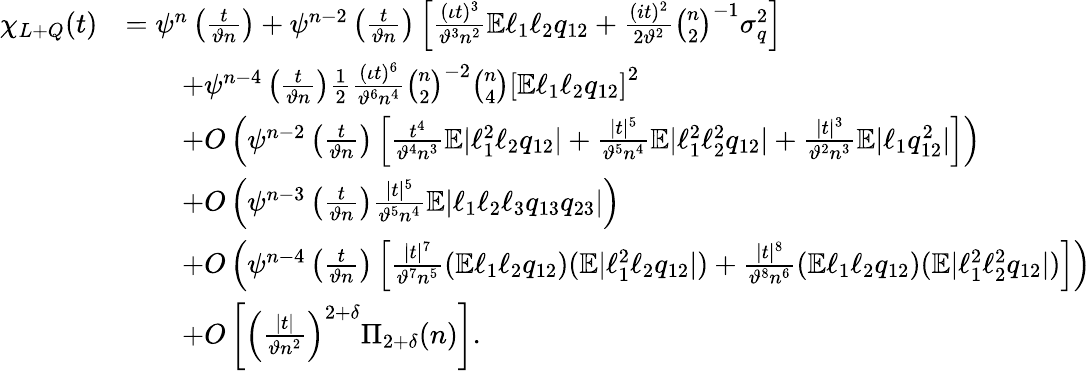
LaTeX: \begin{array}{rl}{\chi_{L+Q}(t)}&{=\psi^{n}\left(\frac{t}{\vartheta n}\right)+\psi^{n-2}\left(\frac{t}{\vartheta n}\right)\left[\frac{(\iota t)^{3}}{\vartheta^{3}n^{2}}\mathbb{E}\ell_{1}\ell_{2}q_{12}+\frac{(it)^{2}}{2\vartheta^{2}}\binom{n}{2}^{-1}\sigma_{q}^{2}\right]}\\ &{\qquad+\psi^{n-4}\left(\frac{t}{\vartheta n}\right)\frac{1}{2}\frac{(\iota t)^{6}}{\vartheta^{6}n^{4}}\binom{n}{2}^{-2}\binom{n}{4}\left[\mathbb{E}\ell_{1}\ell_{2}q_{12}\right]^{2}}\\ &{\qquad+O\left(\psi^{n-2}\left(\frac{t}{\vartheta n}\right)\left[\frac{t^{4}}{\vartheta^{4}n^{3}}\mathbb{E}|\ell_{1}^{2}\ell_{2}q_{12}|+\frac{|t|^{5}}{\vartheta^{5}n^{4}}\mathbb{E}|\ell_{1}^{2}\ell_{2}^{2}q_{12}|+\frac{|t|^{3}}{\vartheta^{2}n^{3}}\mathbb{E}|\ell_{1}q_{12}^{2}|\right]\right)}\\ &{\qquad+O\left(\psi^{n-3}\left(\frac{t}{\vartheta n}\right)\frac{|t|^{5}}{\vartheta^{5}n^{4}}\mathbb{E}|\ell_{1}\ell_{2}\ell_{3}q_{13}q_{23}|\right)}\\ &{\qquad+O\left(\psi^{n-4}\left(\frac{t}{\vartheta n}\right)\left[\frac{|t|^{7}}{\vartheta^{7}n^{5}}(\mathbb{E}\ell_{1}\ell_{2}q_{12})(\mathbb{E}|\ell_{1}^{2}\ell_{2}q_{12}|)+\frac{|t|^{8}}{\vartheta^{8}n^{6}}(\mathbb{E}\ell_{1}\ell_{2}q_{12})(\mathbb{E}|\ell_{1}^{2}\ell_{2}^{2}q_{12}|)\right]\right)}\\ &{\qquad+O\left[\left(\frac{|t|}{\vartheta n^{2}}\right)^{2+\delta}\Pi_{2+\delta}(n)\right].}\end{array}